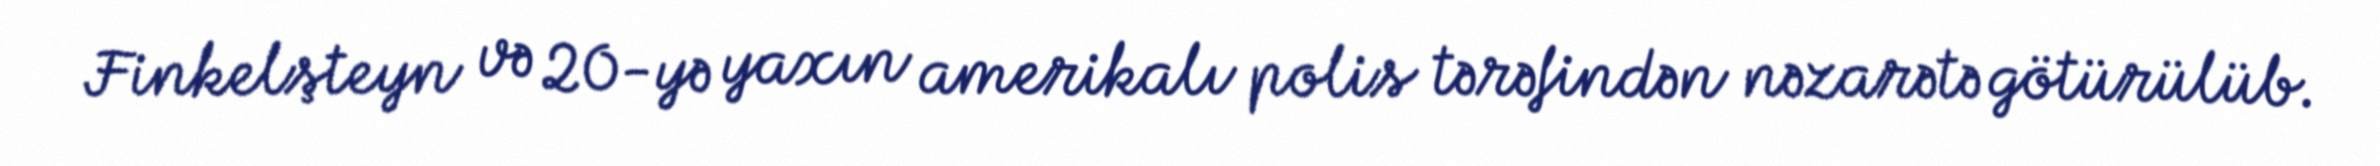
Finkelşteyn və 20-yə yaxın amerikalı polis tərəfindən nəzarətə götürülüb.